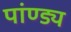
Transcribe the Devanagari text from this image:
पांण्ड्य